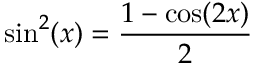
\sin ^ { 2 } ( x ) = { \frac { 1 - \cos ( 2 x ) } { 2 } }